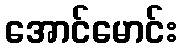
အောင်မောင်း